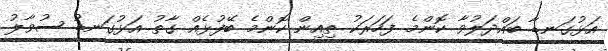
އަޅުގަނޑާ ބައްދަލުވާ ކޮންމެ ފަހަރަކު ތިއިން ކޮންމެ ބޭފުޅެއް ގާތު އަޅުގަނޑު ސުވާލު